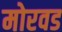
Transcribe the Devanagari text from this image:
मोरवड